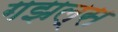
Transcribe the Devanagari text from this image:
गझल्स